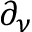
\partial _ { \nu }